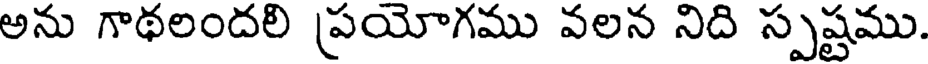
అను గాథలందలి ప్రయోగము వలన నిది స్పష్టము.